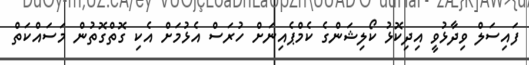
ފައިސަލް ވިދާޅުވީ އިދިކޮޅު ކޯލިޝަންގެ ކެމްޕެއިނަށް ހުރަސް އެޅުމަށް އެކި ގޮތްގޮތުން މަސައްކަތް